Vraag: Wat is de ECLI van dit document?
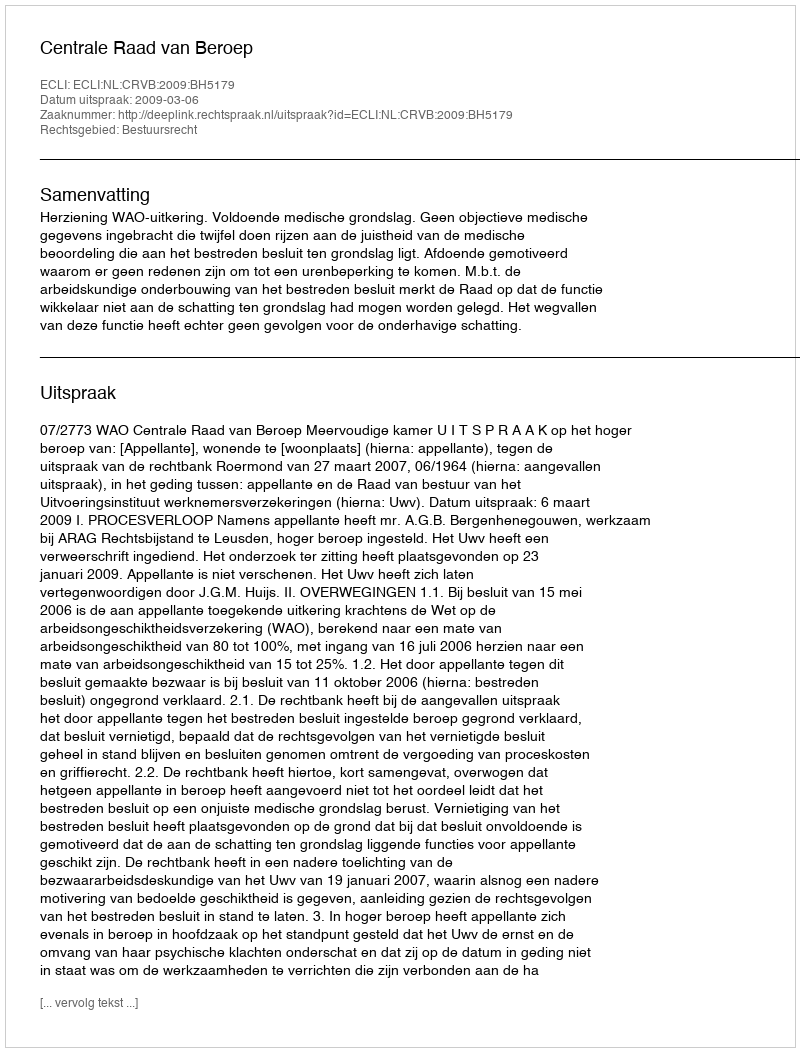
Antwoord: ECLI:NL:CRVB:2009:BH5179